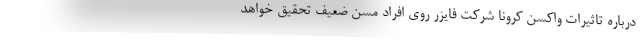
درباره تاثیرات واکسن کرونا شرکت فایزر روی افراد مسن ضعیف تحقیق خواهد